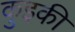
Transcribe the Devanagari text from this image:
कुइकी